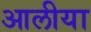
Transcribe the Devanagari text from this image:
आलीया